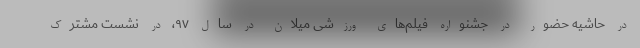
در حاشیه حضور در جشنواره فیلم‌های ورزشی میلان در سال ۹۷، در نشست مشترک